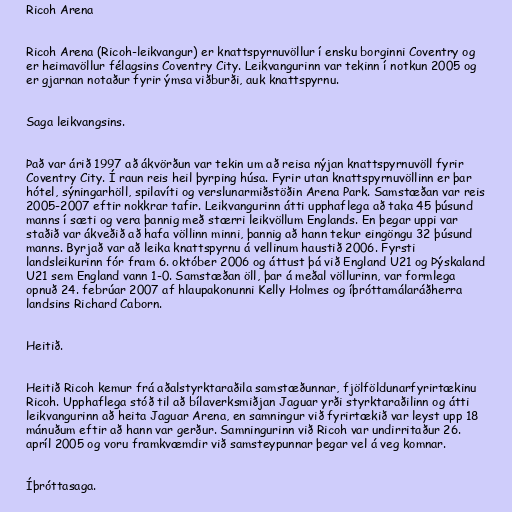
Ricoh Arena

Ricoh Arena (Ricoh-leikvangur) er knattspyrnuvöllur í ensku borginni Coventry og
er heimavöllur félagsins Coventry City. Leikvangurinn var tekinn í notkun 2005 og
er gjarnan notaður fyrir ýmsa viðburði, auk knattspyrnu.

Saga leikvangsins.

Það var árið 1997 að ákvörðun var tekin um að reisa nýjan knattspyrnuvöll fyrir
Coventry City. Í raun reis heil þyrping húsa. Fyrir utan knattspyrnuvöllinn er þar
hótel, sýningarhöll, spilavíti og verslunarmiðstöðin Arena Park. Samstæðan var reis
2005-2007 eftir nokkrar tafir. Leikvangurinn átti upphaflega að taka 45 þúsund
manns í sæti og vera þannig með stærri leikvöllum Englands. En þegar uppi var
staðið var ákveðið að hafa völlinn minni, þannig að hann tekur eingöngu 32 þúsund
manns. Byrjað var að leika knattspyrnu á vellinum haustið 2006. Fyrsti
landsleikurinn fór fram 6. október 2006 og áttust þá við England U21 og Þýskaland
U21 sem England vann 1-0. Samstæðan öll, þar á meðal völlurinn, var formlega
opnuð 24. febrúar 2007 af hlaupakonunni Kelly Holmes og íþróttamálaráðherra
landsins Richard Caborn.

Heitið.

Heitið Ricoh kemur frá aðalstyrktaraðila samstæðunnar, fjölföldunarfyrirtækinu
Ricoh. Upphaflega stóð til að bílaverksmiðjan Jaguar yrði styrktaraðilinn og átti
leikvangurinn að heita Jaguar Arena, en samningur við fyrirtækið var leyst upp 18
mánuðum eftir að hann var gerður. Samningurinn við Ricoh var undirritaður 26.
apríl 2005 og voru framkvæmdir við samsteypunnar þegar vel á veg komnar.

Íþróttasaga.